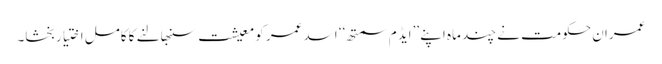
عمران حکومت نے چند ماہ اپنے ’’ایڈ م سمتھ‘‘ اسد عمر کو معیشت سنبھالنے کا کامل اختیار بخشا۔